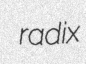
radix